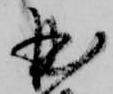
曲